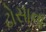
ઢોસાના